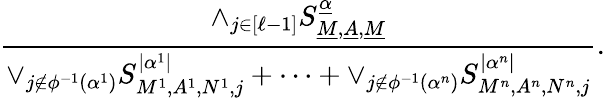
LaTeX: \frac{\wedge_{j\in[\ell-1]}S_{\underline{{M}},\underline{{A}},\underline{{M}}}^{\underline{{\alpha}}}}{\vee_{j\notin\phi^{-1}(\alpha^{1})}S_{M^{1},A^{1},N^{1},j}^{|\alpha^{1}|}+\cdots+\vee_{j\notin\phi^{-1}(\alpha^{n})}S_{M^{n},A^{n},N^{n},j}^{|\alpha^{n}|}}.